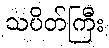
သပိတ်ကြီး